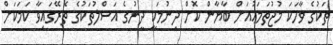
ތަކުގެ ވާހަކަ މުޖުތަމަޢުއަށް ބާޔާން ކޮށް ދިނުމަކީ ދީނުގެ އަސްލުތަކުގެ ތެރޭގައިވާ ކަމަކަށް